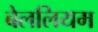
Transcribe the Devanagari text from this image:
बेललियम